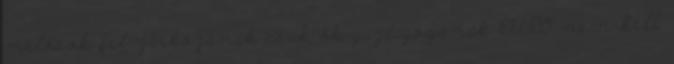
melósok fel zárkózanak csak ök gazdagodjanak EURO nem kell